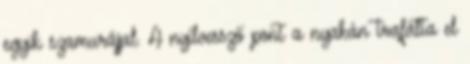
egyik szamurájjal. A nyílvessző pont a nyakán trafálta el